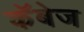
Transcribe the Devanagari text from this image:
कॅबेज